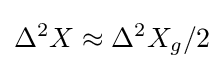
\Delta ^{2}X\approx \Delta ^{2}X_{g}/2